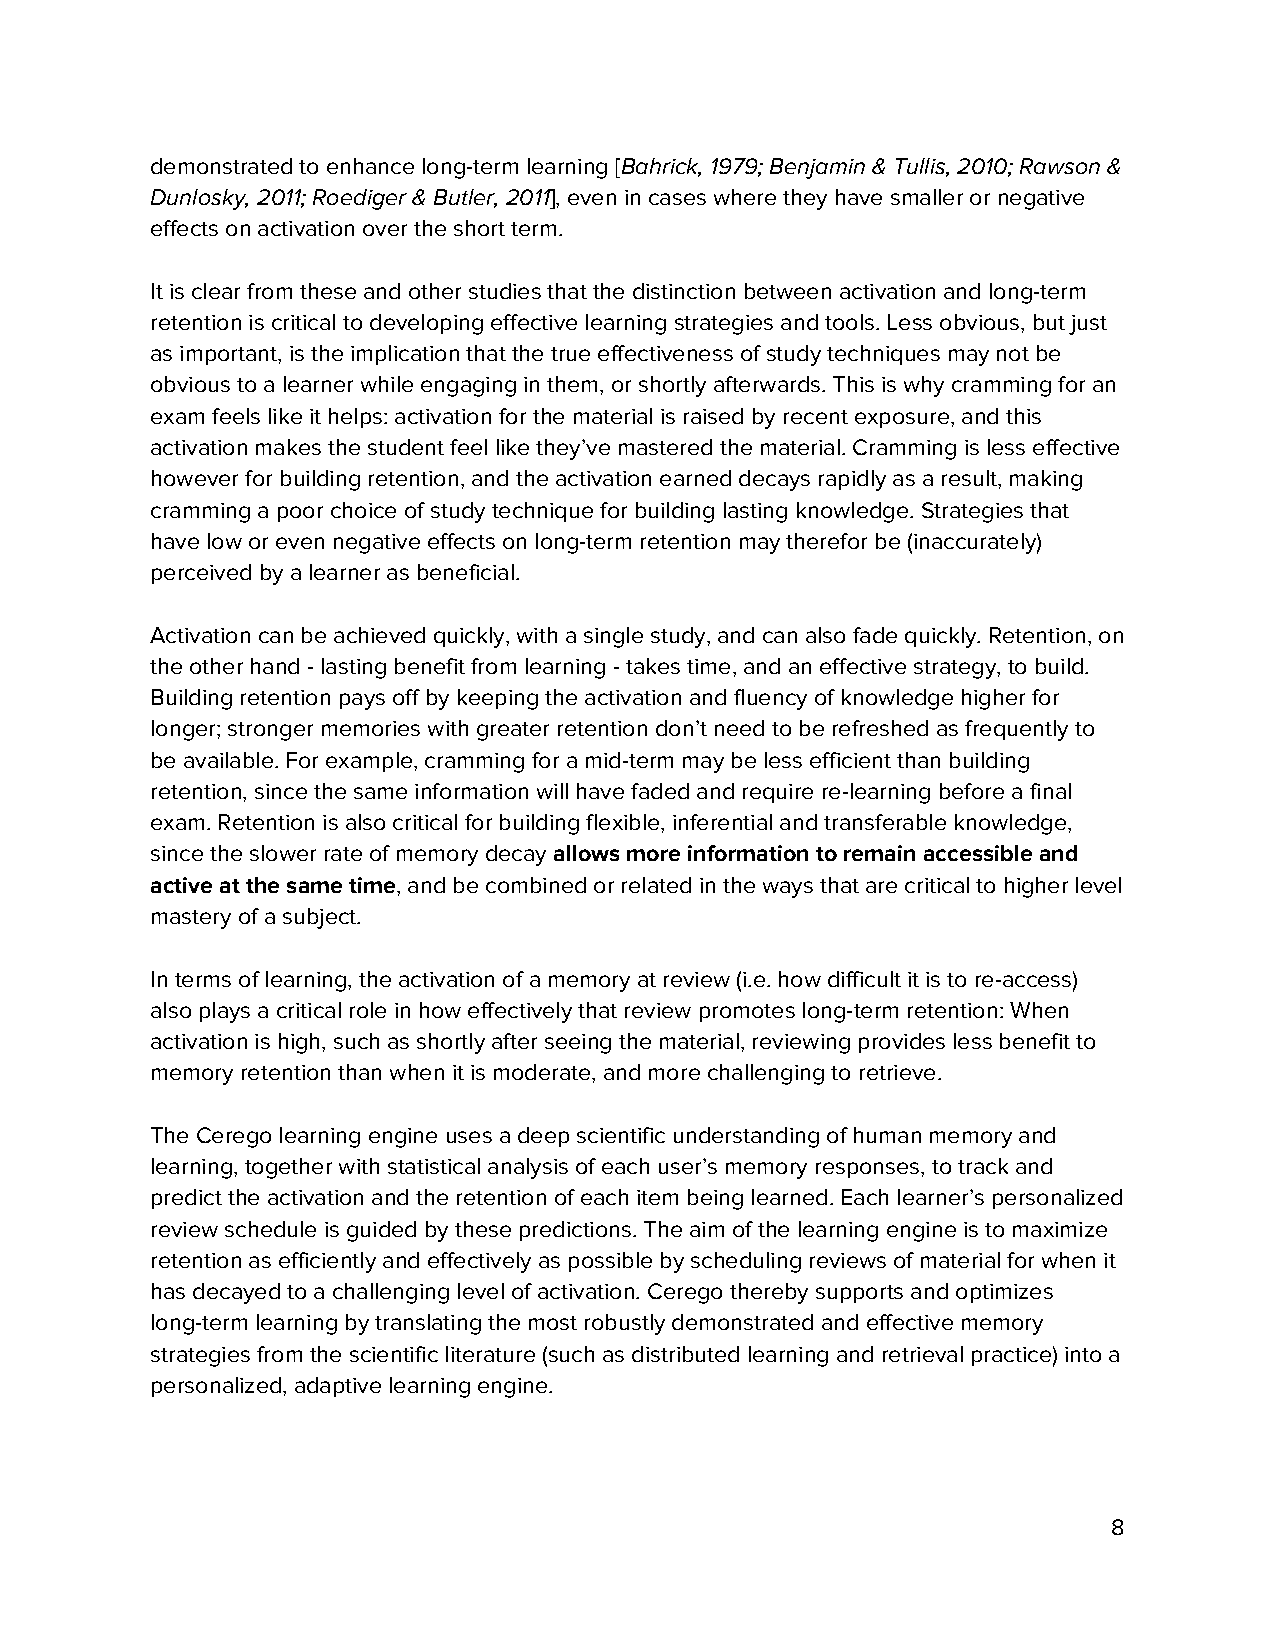
demonstrated to enhance long-term learning [Bahrick, 1979; Benjamin & Tullis, 2010; Rawson &
 ​
 Dunlosky, 2011; Roediger & Butler, 2011], even in cases where they have smaller or negative
 ​
 effects on activation over the short term.
 It is clear from these and other studies that the distinction between activation and long-term
 retention is critical to developing effective learning strategies and tools. Less obvious, but just
 as important, is the implication that the true effectiveness of study techniques may not be
 obvious to a learner while engaging in them, or shortly afterwards. This is why cramming for an
 exam feels like it helps: activation for the material is raised by recent exposure, and this
 activation makes the student feel like they’ve mastered the material. Cramming is less effective
 however for building retention, and the activation earned decays rapidly as a result, making
 cramming a poor choice of study technique for building lasting knowledge. Strategies that
 have low or even negative effects on long-term retention may therefor be (inaccurately)
 perceived by a learner as beneficial.
 Activation can be achieved quickly, with a single study, and can also fade quickly. Retention, on
 the other hand - lasting benefit from learning - takes time, and an effective strategy, to build.
 Building retention pays off by keeping the activation and fluency of knowledge higher for
 longer; stronger memories with greater retention don’t need to be refreshed as frequently to
 be available. For example, cramming for a mid-term may be less efficient than building
 retention, since the same information will have faded and require re-learning before a final
 exam. Retention is also critical for building flexible, inferential and transferable knowledge,
 since the slower rate of memory decay allows more information to remain accessible and
 ​
 active at the same time, and be combined or related in the ways that are critical to higher level
 ​
 mastery of a subject.
 In terms of learning, the activation of a memory at review (i.e. how difficult it is to re-access)
 also plays a critical role in how effectively that review promotes long-term retention: When
 activation is high, such as shortly after seeing the material, reviewing provides less benefit to
 memory retention than when it is moderate, and more challenging to retrieve.
 The Cerego learning engine uses a deep scientific understanding of human memory and
 learning, together with statistical analysis of each user’s memory responses, to track and
 predict the activation and the retention of each item being learned. Each learner’s personalized
 review schedule is guided by these predictions. The aim of the learning engine is to maximize
 retention as efficiently and effectively as possible by scheduling reviews of material for when it
 has decayed to a challenging level of activation. Cerego thereby supports and optimizes
 long-term learning by translating the most robustly demonstrated and effective memory
 strategies from the scientific literature (such as distributed learning and retrieval practice) into a
 personalized, adaptive learning engine.
 8